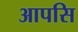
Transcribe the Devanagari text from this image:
आपसि